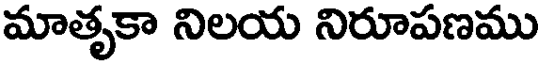
మాతృకా నిలయ నిరూపణము